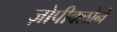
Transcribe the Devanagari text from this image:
ज़ोपीक्लोने